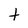
Character: t